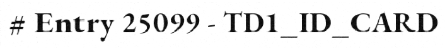
# Entry 25099 - TD1_ID_CARD